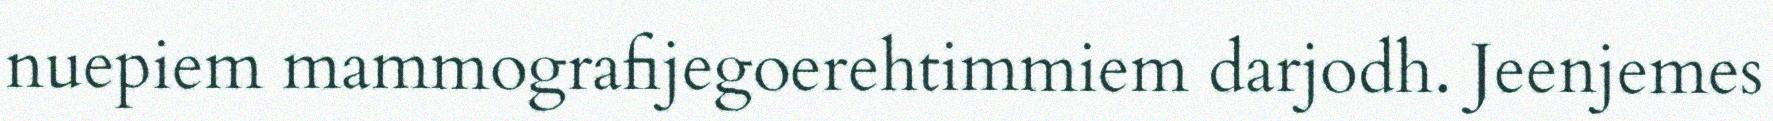
nuepiem mammografijegoerehtimmiem darjodh. Jeenjemes